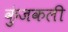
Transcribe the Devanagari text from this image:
कुंजकली